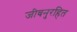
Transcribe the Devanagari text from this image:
जीवनुरहित